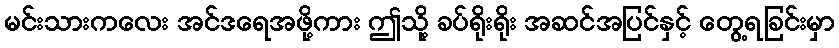
မင်းသားကလေး အင်ဒရေအဖို့ကား ဤသို့ ခပ်ရိုးရိုး အဆင်အပြင်နှင့် တွေ့ရခြင်းမှာ